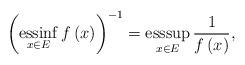
LaTeX: \begin{align*}\left( \operatorname*{essinf}\limits_{x\in E}f\left( x\right) \right)^{-1}=\operatorname*{esssup}\limits_{x\in E}\frac{1}{f\left( x\right)},\end{align*}